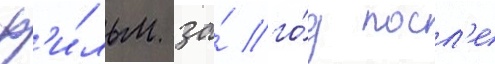
ф'и́льм за́ го́д посл'е